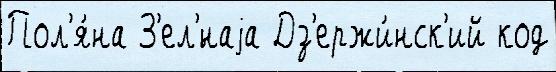
Пол'я́на З'ел'́наjа Дз'ержи́нск'ий код